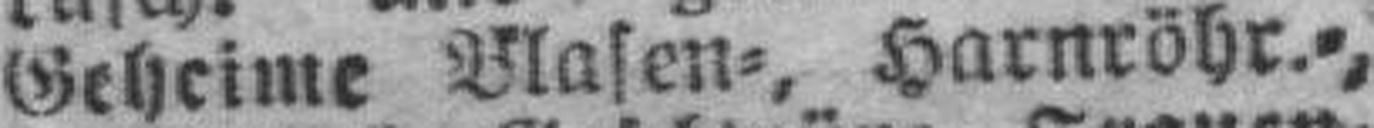
Geheime Masen=, Harnröhr.=,